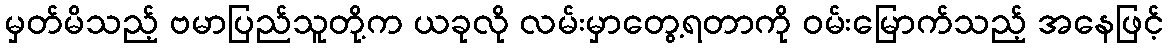
မှတ်မိသည့် ဗမာပြည်သူတို့က ယခုလို လမ်းမှာတွေ့ရတာကို ဝမ်းမြောက်သည့် အနေဖြင့်